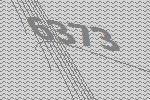
6373